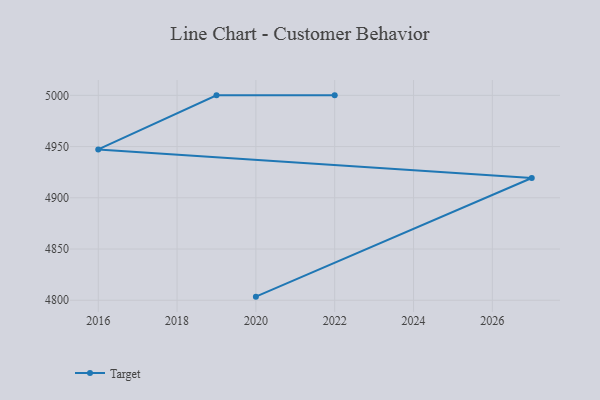
{"axis": {"x": "Year", "y": "Bounce Rate (%)"}, "legend": ["Target"], "data": [{"x": "2020", "y": 4803.5, "type": "Target"}, {"x": "2027", "y": 4919.3, "type": "Target"}, {"x": "2016", "y": 4947.2, "type": "Target"}, {"x": "2019", "y": 5000, "type": "Target"}, {"x": "2022", "y": 5000, "type": "Target"}]}